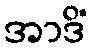
အာဒိံ